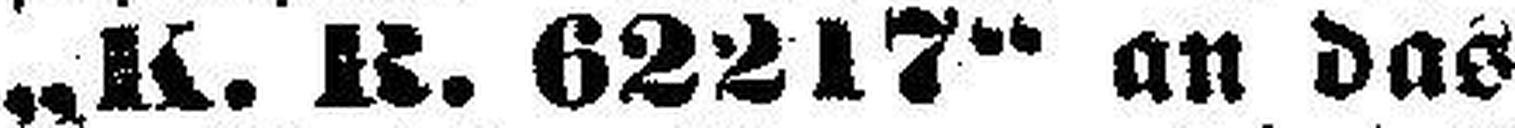
„K. R. 62217" an das